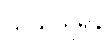
သယ်ယူရန်